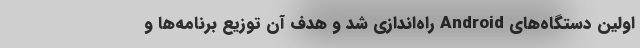
اولین دستگاه‌های Android راه‌اندازی شد و هدف آن توزیع برنامه‌ها و